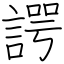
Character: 諤